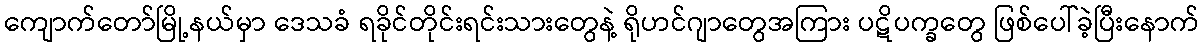
ကျောက်တော်မြို့နယ်မှာ ဒေသခံ ရခိုင်တိုင်းရင်းသားတွေနဲ့ ရိုဟင်ဂျာတွေအကြား ပဋိပက္ခတွေ ဖြစ်ပေါ်ခဲ့ပြီးနောက်